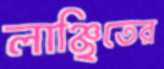
লাঞ্ছিতের